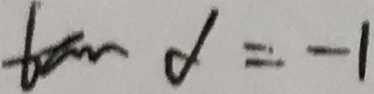
\tan \alpha = - 1